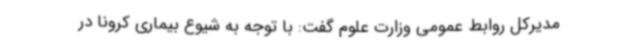
مدیرکل روابط عمومی وزارت علوم گفت: با توجه به شیوع بیماری کرونا در